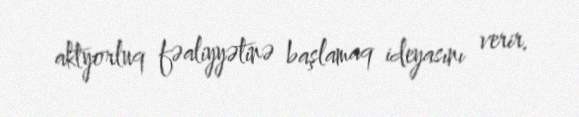
aktyorluq fəaliyyətinə başlamaq ideyasını verir.